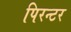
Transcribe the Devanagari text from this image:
पिरन्टर